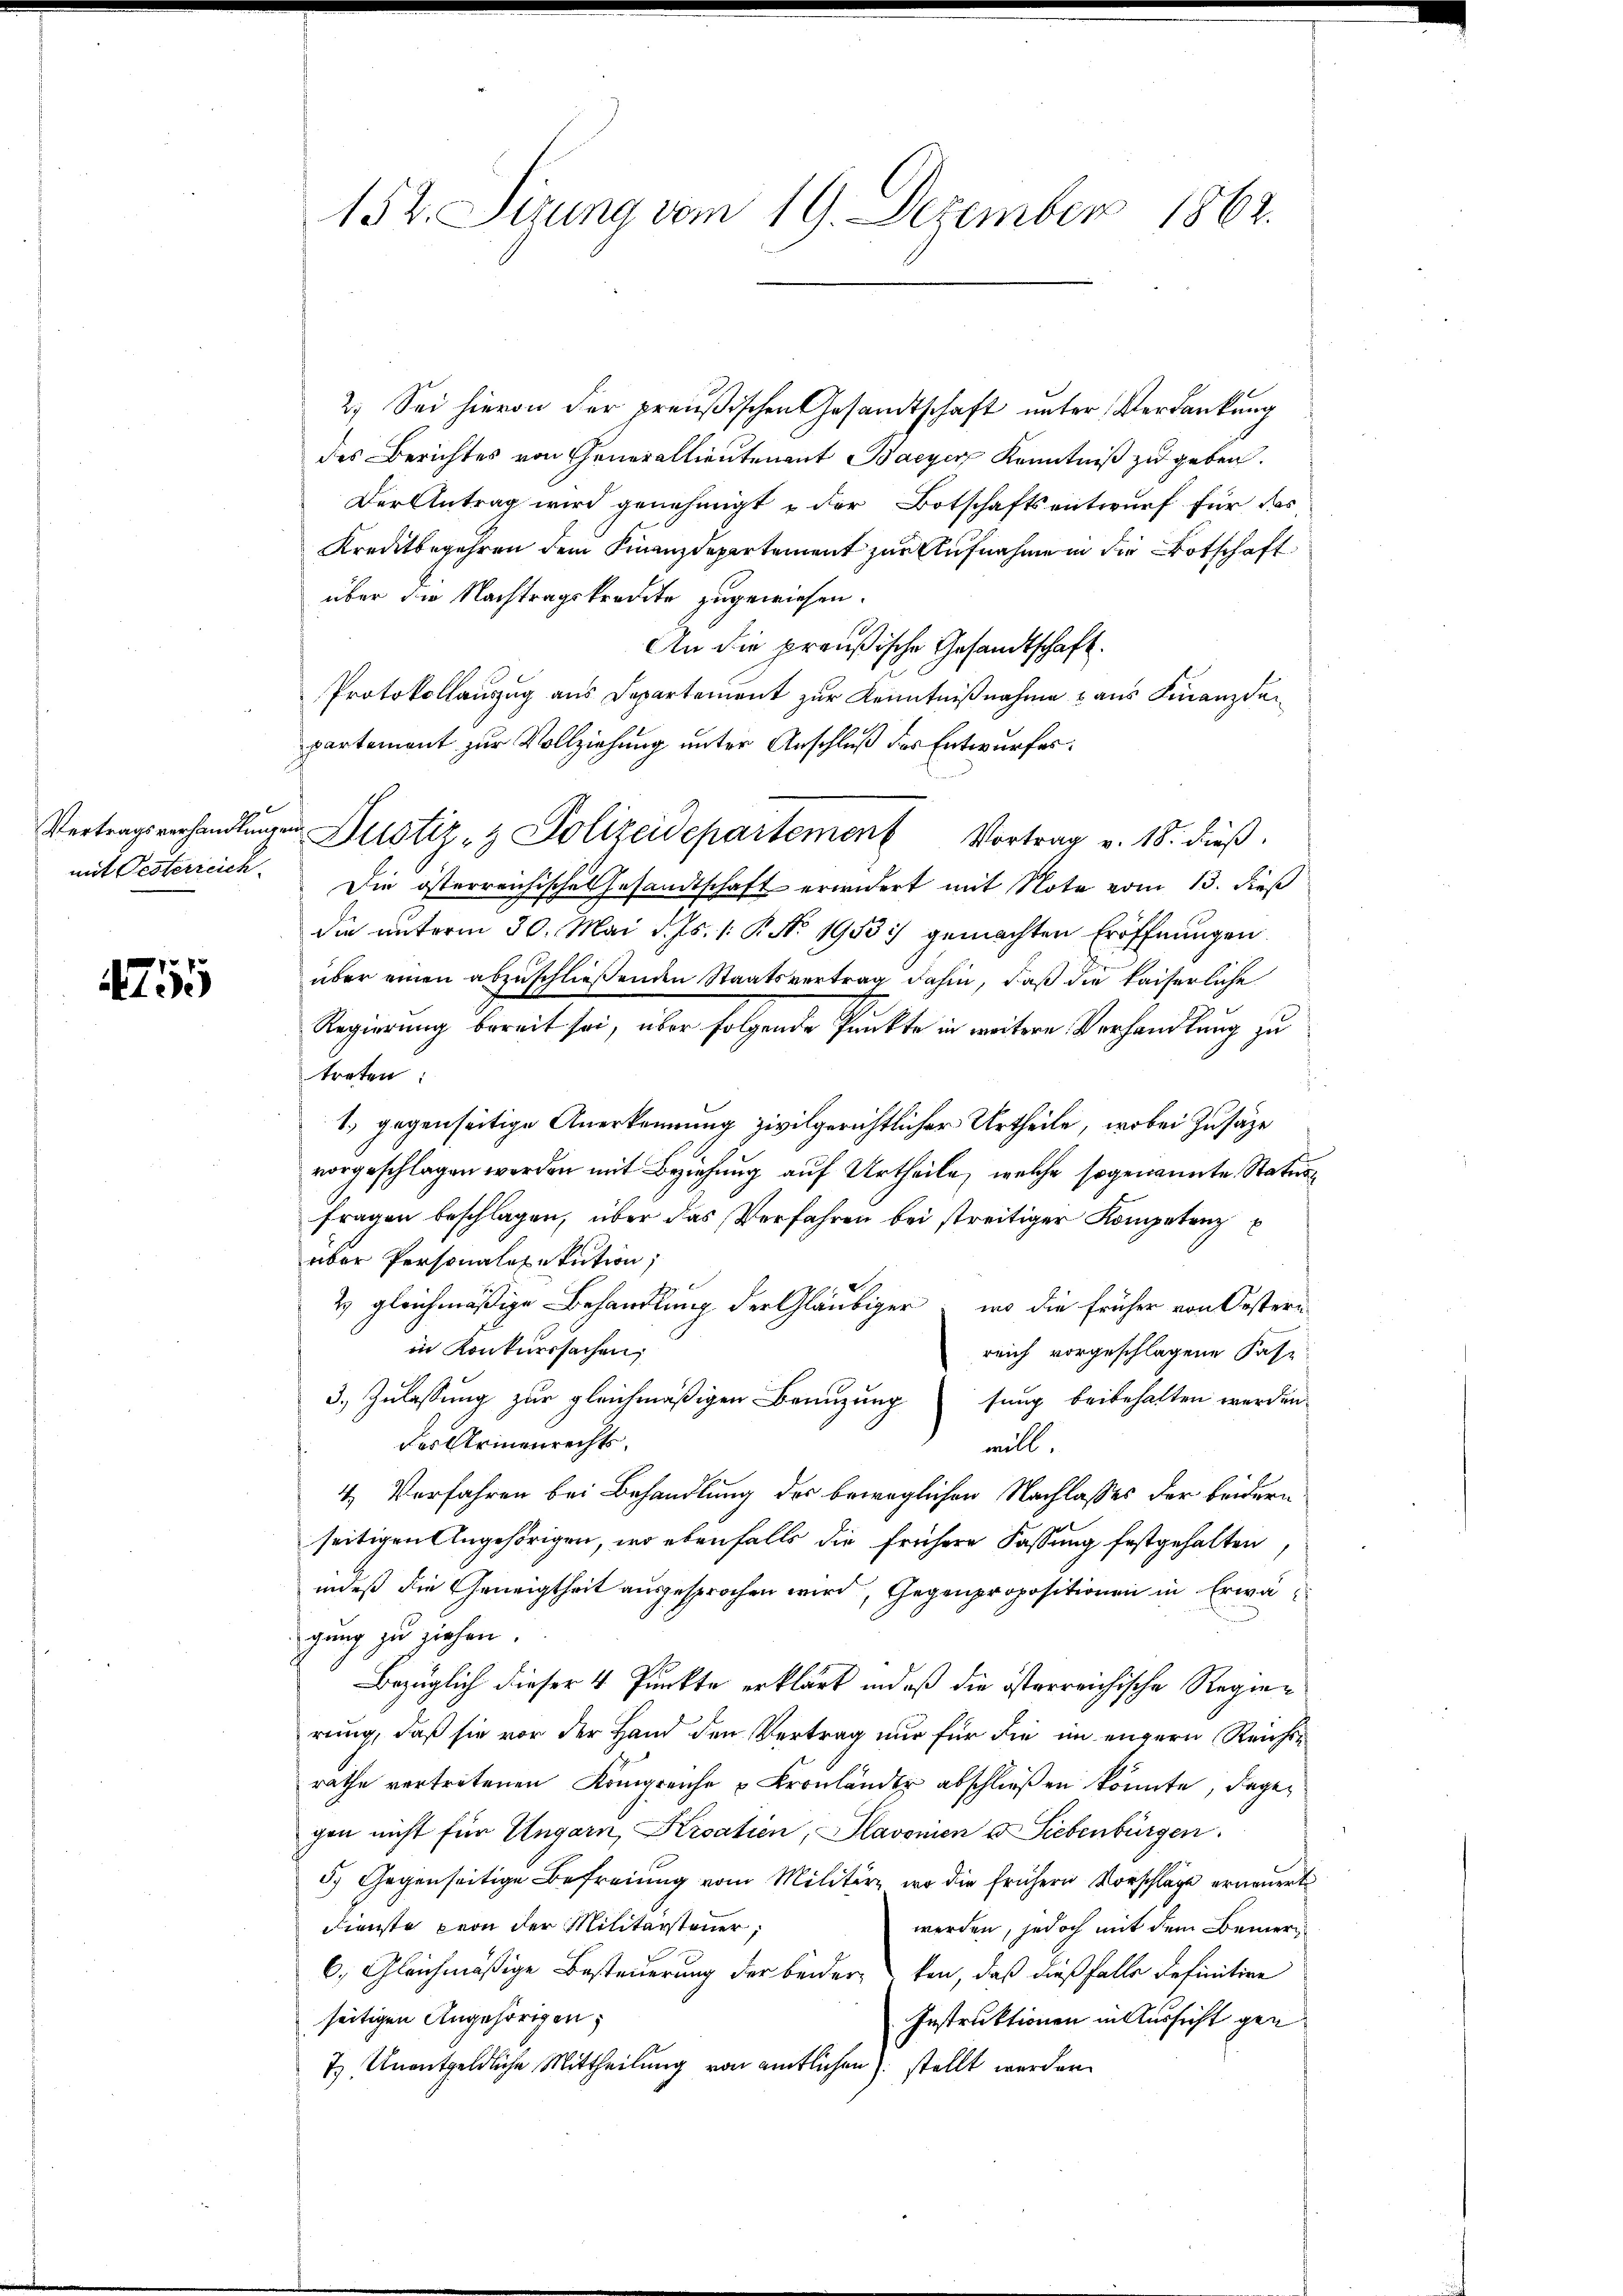
A

e

152. Sizung vom 19. Dezember 1862.

2.) Sei hievon der preußischen Gesandtschaft unter Verdankung
des Berichtes von Generallieutenant Bayer Kenntniß zu geben.
Der Antrag wird genehmigt u der Botschaftsentwurf für das
Kreditbegehren dem Finanzdepartement zur Aufnahme in die Botschaft
über die Nachtragskredite zugewiesen.
An die preußische Gesandtschaft.
Protokollauszug aus Departement zur Kenntnißnahme aus Finanzdepartement zur Vollziehung unter Anschluß des Entwurfes
Vertragsverhandlungen Zustiz- & Polizeidepartement Vortrag v. 18. dieβ.
mit Pesterreich. Die österreichische Gesandtschaft erwidert mit Note vom 13. dieß
die unterm 30. Mai d. Js. 1. P. No. 1953 :/ gemachten Eröffnungen
über einen abzuschließenden Staatsvertrag dahin, daß die kaiserliche
Regierung bereit sei, über folgende Punkte in weitere Verhandlung zu
treten
f
1.) gegenseitige Anerkennung zivilgerichtlicher Urtheile, wobei Zusätze
vorgeschlagen werden mit Beziehung auf Urtheile, welche sogenannte Staturfragen beschlagen, über das Verfahren bei streitiger Kompetenz
über Personalexekution,
2 gleichmäßige Behandlung der Gläubiger, wo die früher von Oestern
in Konkurssachen,
reich vorgeschlagene Fase
3. Zulassung zur gleichmäßigen Benuzung sung beibehalten werden.
des Armenrechtswill.
4 Verfahren bei Behandlung der beweglichen Nachlasses der beidern
seitigen Angehörigen, wo ebenfalls die frühere Fassung festgehalten
indeß die Geneigtheit ausgesprochen wird, Gegenpropositionen in Erwägung zu ziehen.
Bezüglich dieser 4 Punkte erklärt und daß die österreichische Regierung, daß sie vor der Hand den Vertrag nur für die im engern Reichsrathe vertretenen Königreiche u Kronländer abschließen könnte, dagegen nicht für Ungarn, Kroatien, Plavonien u Liebenbürgen
5.) Gegenseitige Befreiung vom Militärz, wo die frühern Vorschläge erneuert
dienste von der Militärsteuer,
werden, jedoch mit dem Bemer¬
6. Gleichmäßige Besteuerung der beider, kan, daß dießfalle definition
seitigen Angehörigen,
Instruktionen in Aussicht gen
7) Unentgeldliche Mittheilung von amtlichen) stellt werden